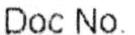
DOC NO.